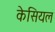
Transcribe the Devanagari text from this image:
केसियल